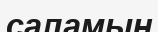
саламын